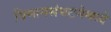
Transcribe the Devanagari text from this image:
विमानसंघटनेमध्ये